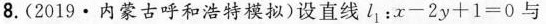
8. (2019·内蒙古呼和浩特模拟) 设直线l_{1}：$$x - 2 y + 1 = 0$$ 与